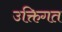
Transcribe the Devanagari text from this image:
उक्तिगत